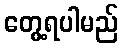
တွေ့ရပါမည်